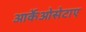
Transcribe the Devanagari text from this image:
आर्केओसेटाए